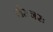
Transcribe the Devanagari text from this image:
लेसनरः